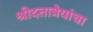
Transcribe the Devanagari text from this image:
श्रीदतात्रेयांचा